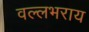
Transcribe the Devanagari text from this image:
वल्‍लभराय